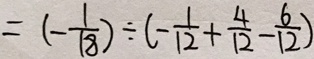
= ( - \frac { 1 } { 1 8 } ) \div ( - \frac { 1 } { 1 2 } + \frac { 4 } { 1 2 } - \frac { 6 } { 1 2 } )